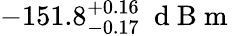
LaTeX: -151.8_{-0.17}^{+0.16}\ \mathrm{~d~B~m~}